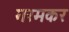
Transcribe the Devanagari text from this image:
गरमकर